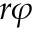
r \varphi